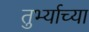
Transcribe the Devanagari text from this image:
तुर्भ्याच्या